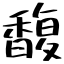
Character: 馥